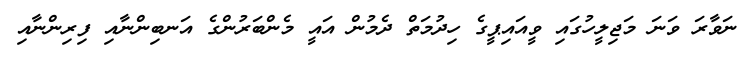
ނަވާރަ ވަނަ މަޖިލީހުގައި ވީއައިޕީގެ ހިދުމަތް ދެމުން އައީ މެންބަރުންގެ އަނބިންނާއި ފިރިންނާއި